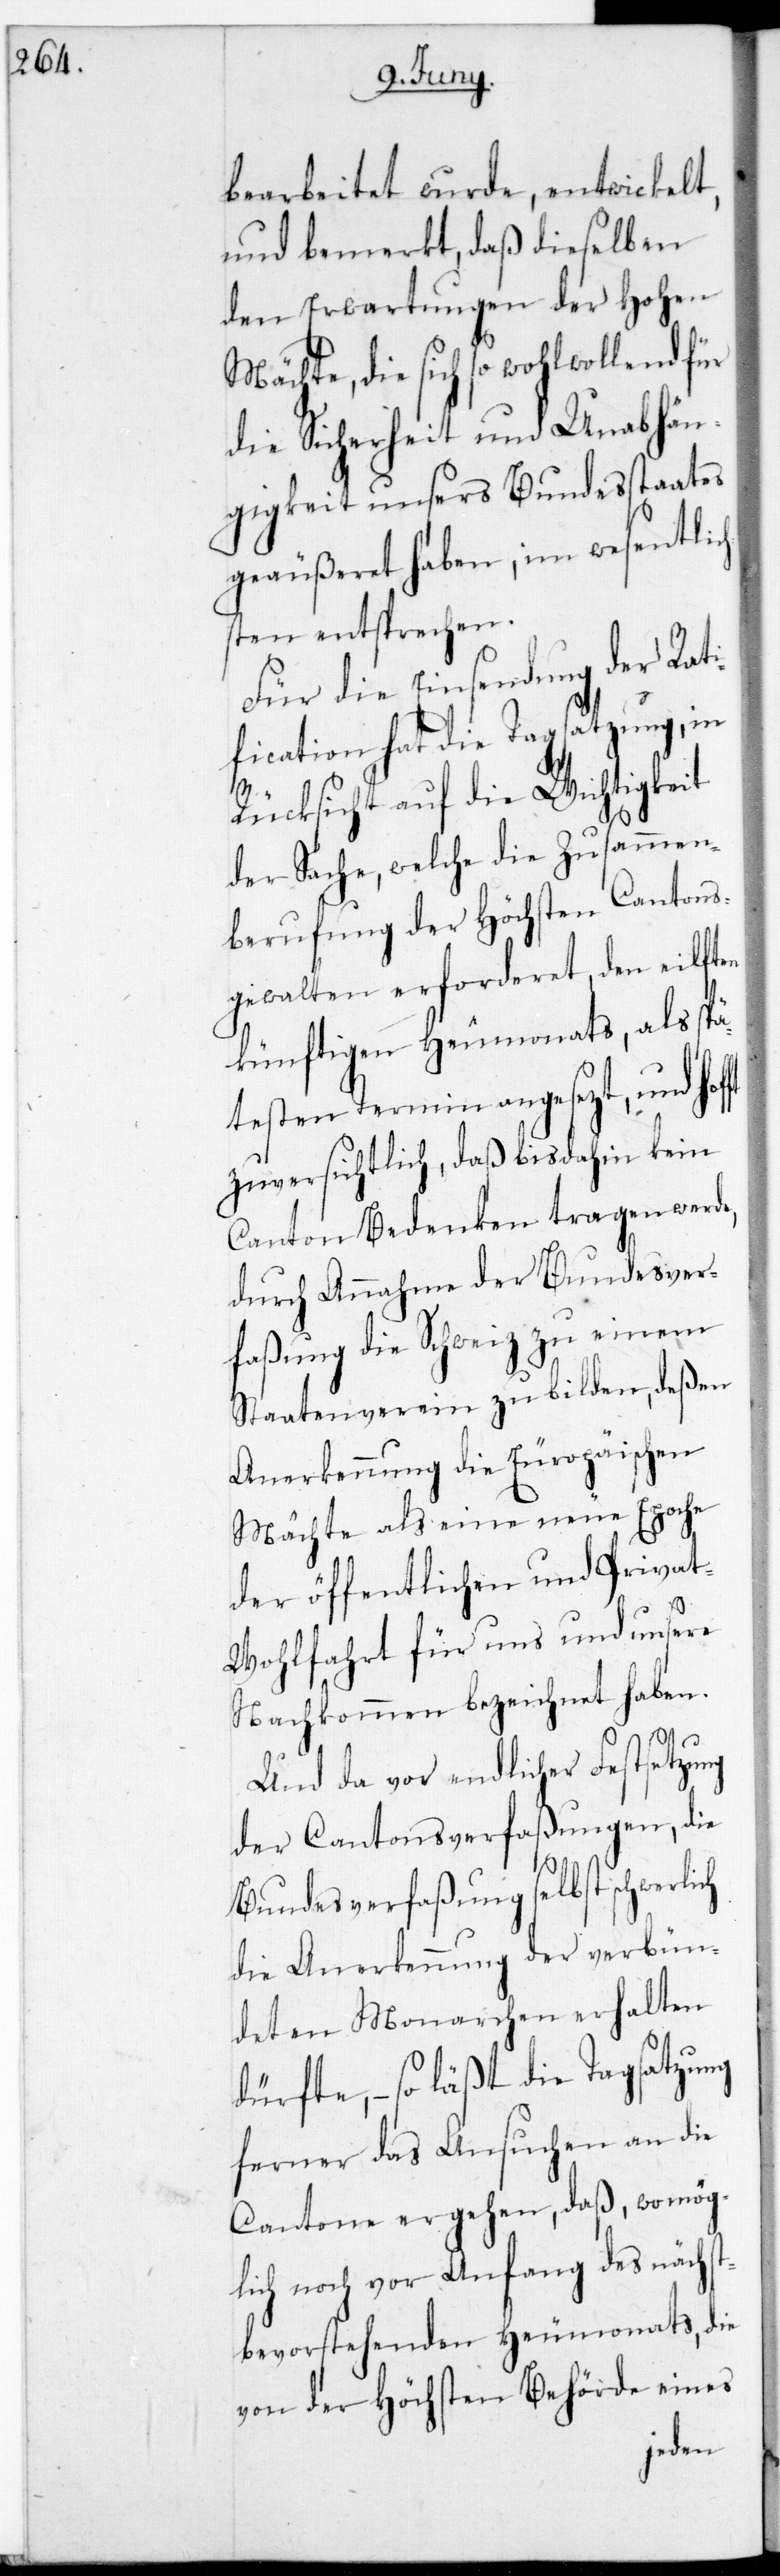
bearbeitet wurde, entwickelt,
und bemerkt, daß dieselben
den Erwartungen der Hohen
Mächte, die sich so wohlwollend für
die Sicherheit und Unabhän¬
gigkeit unsers Bundesstaates
geäußeret haben, im wesentlich¬
sten entsprechen.
Für die Einsendung der Rat¬
ification hat die Tagsatzung, in
Rücksicht auf die Wichtigkeit
der Sache, welche die Zusammen¬
berufung der Höchsten Cantons¬
gewalten erforderet, den elften
künftigen Heumonats, als spä¬
testen Termin angesezt, und
zuversichtlich, daß bis dahin kein
Canton Bedenken tragen werde,
durch Annahme der Bundesver¬
faßung die Schweiz zu einem
Staatenverein zu bilden, deßen
Anerkennung die europäischen
Mächte als eine neue Epoche
der öffentlichen und Priva¬
t-Wohlfahrt für uns und unsere
Nachkommen bezeichnet haben.
Und da vor endlicher Festsetzung
der Cantonsverfaßungen, die
Bundesverfaßung selbst schwerlich
die Anerkennung der verbün¬
deten Monarchen erhalten
dürfte, – so läßt die Tagsatzung
ferner das Ansuchen an die
Cantone ergehen, daß womög¬
lich noch vor Anfang des nächst
bevorstehenden Heumonats, die
von der Höchsten Behörde eines